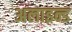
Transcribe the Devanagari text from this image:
अलाइन्ड